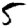
Digit: 5